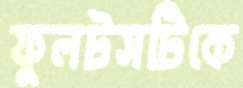
ফুলটসটিকে